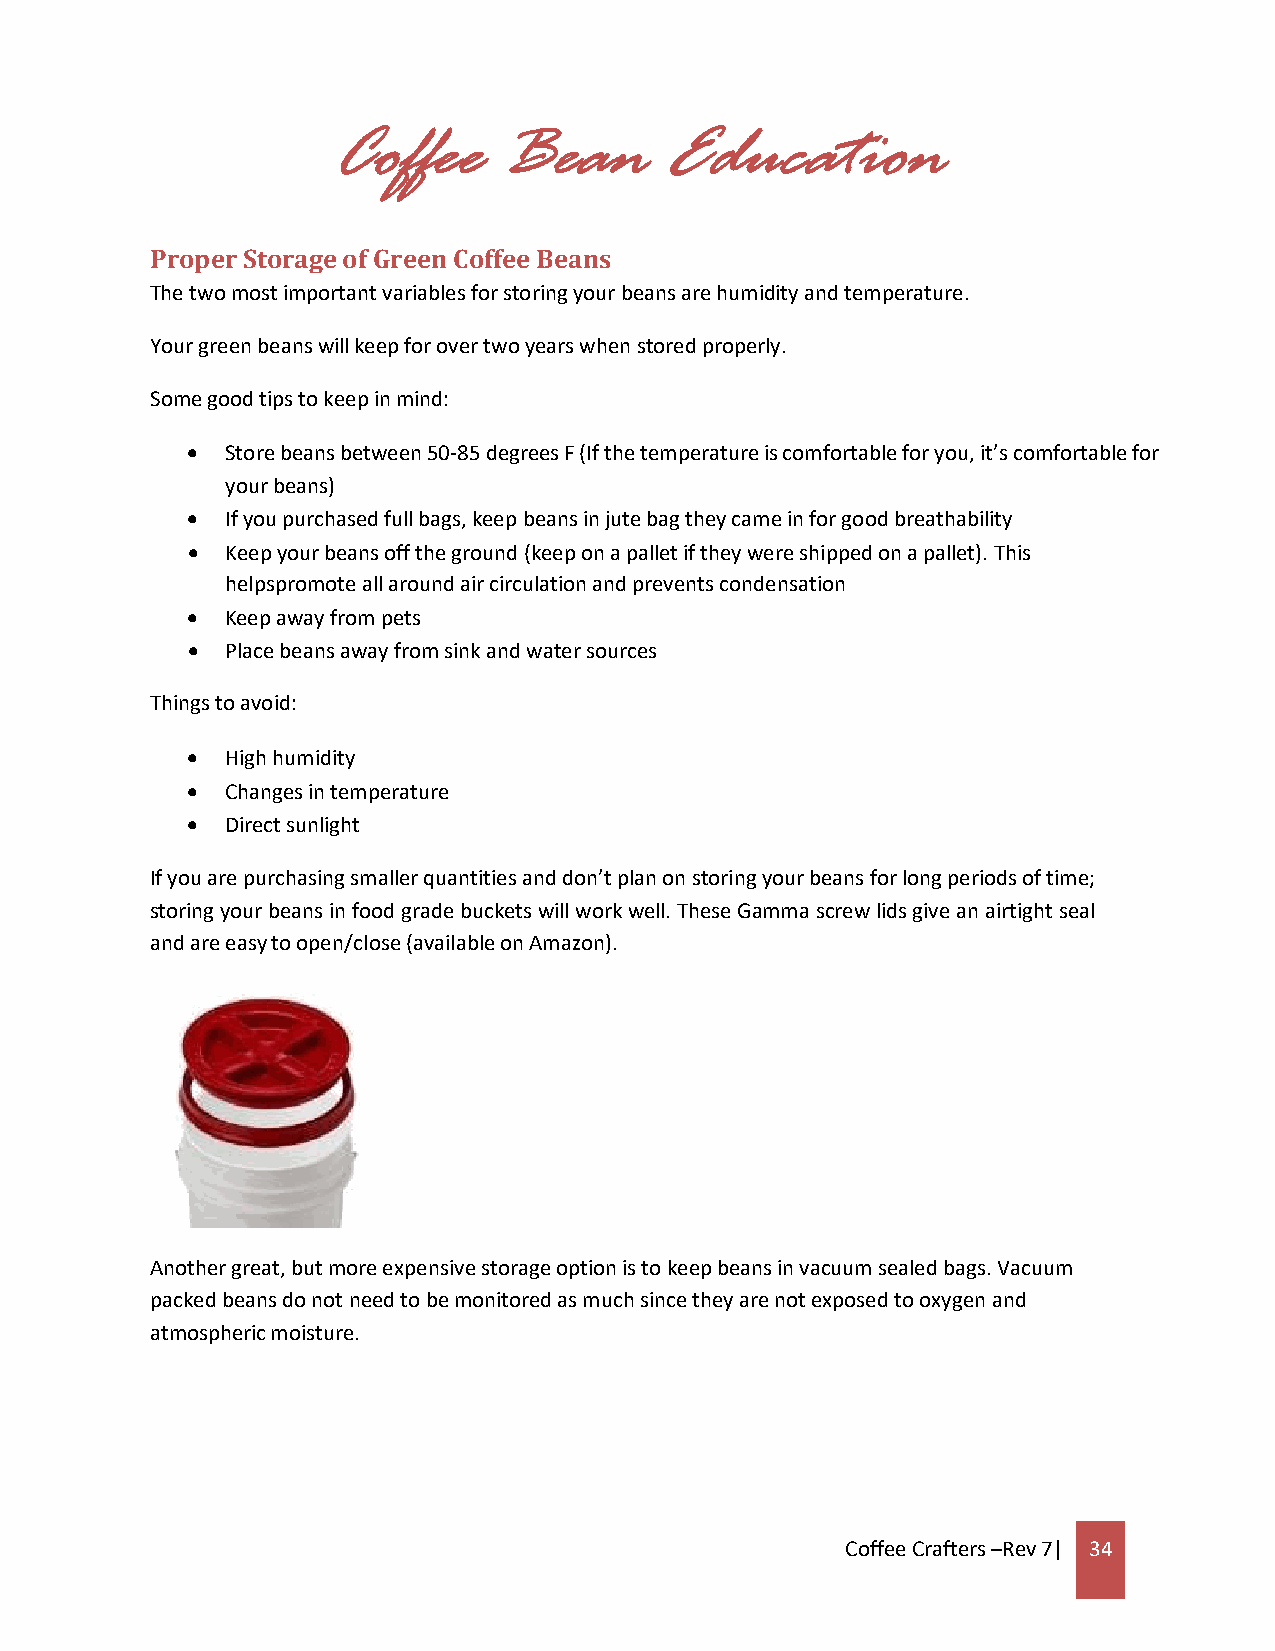
Coffee     Bean       Education
 Proper Storage of Green Coffee Beans
 The two most important variables for storing your beans are humidity and temperature.
 Your green beans will keep for over two years when stored properly.
 Some good tips to keep in mind:
   Store beans between 50-85 degrees F (If the temperature is comfortable for you, it’s comfortable for
 your beans)
   If you purchased full bags, keep beans in jute bag they came in for good breathability
   Keep your beans off the ground (keep on a pallet if they were shipped on a pallet). This
 helps promote all around air circulation and prevents condensation
   Keep away from pets
   Place beans away from sink and water sources
 Things to avoid:
   High humidity
   Changes in temperature
   Direct sunlight
 If you are purchasing smaller quantities and don’t plan on storing your beans for long periods of time;
 storing your beans in food grade buckets will work well. These Gamma screw lids give an airtight seal
 and are easy to open/close (available on Amazon).
 Another great, but more expensive storage option is to keep beans in vacuum sealed bags. Vacuum
 packed beans do not need to be monitored as much since they are not exposed to oxygen and
 atmospheric moisture.
 Coffee Crafters –Rev 7| 34